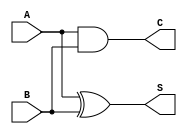
module half_adder (
    input wire A,  // Single-bit input A
    input wire B,  // Single-bit input B
    output wire S, // Sum output
    output wire C  // Carry output
);

// Logic for Sum and Carry
assign S = A ^ B; // Sum is A XOR B
assign C = A & B; // Carry is A AND B

endmodule